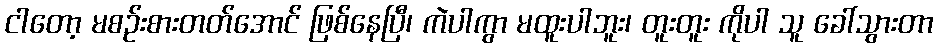
ငါတော့ မစဉ်းစားတတ်အောင် ဖြစ်နေပြီ၊ ကဲပါကွာ မထူးပါဘူး၊ တူးတူး ကိုပါ သူ ခေါ်သွားတာ